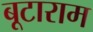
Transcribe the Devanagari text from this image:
बूटाराम